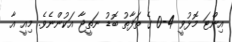
އިންޓަ މޮޅުވީ 4-0 ގެ ތަފާތު ބޮޑު ނަތީޖާ އަކުންނެވެ. މިއީ އާ